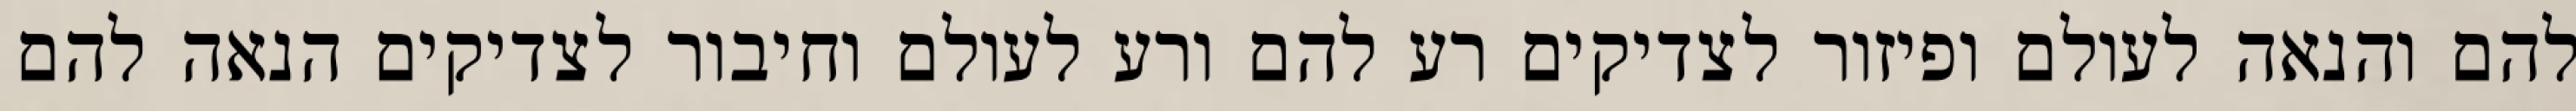
להם והנאה לעולם ופיזור לצדיקים רע להם ורע לעולם וחיבור לצדיקים הנאה להם